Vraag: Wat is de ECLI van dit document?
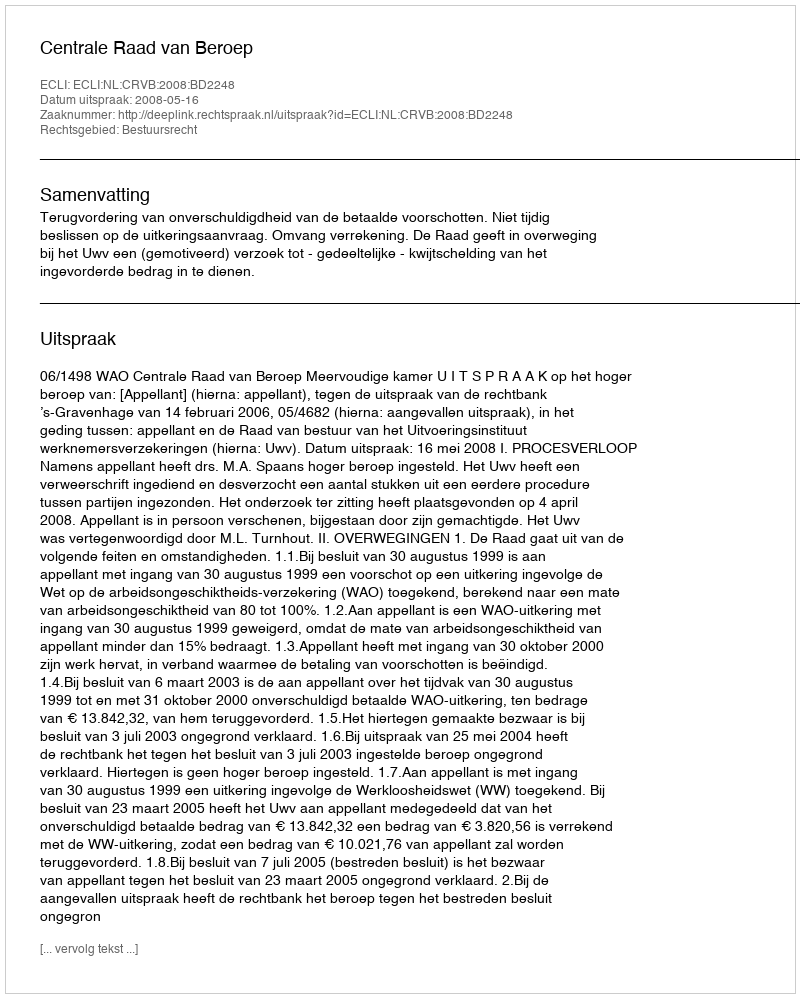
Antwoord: ECLI:NL:CRVB:2008:BD2248